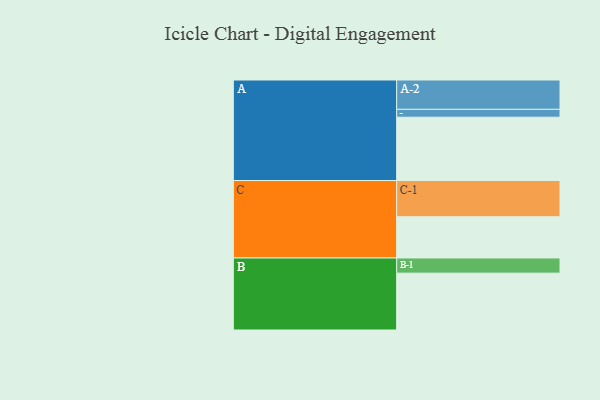
{"axis": {"x": "Segment", "y": "Value"}, "legend": ["", "A", "B", "C"], "data": [{"x": "A", "y": 522, "type": ""}, {"x": "B", "y": 469, "type": ""}, {"x": "C", "y": 340, "type": ""}, {"x": "A-1", "y": 65, "type": "A"}, {"x": "A-2", "y": 242, "type": "A"}, {"x": "B-1", "y": 125, "type": "B"}, {"x": "C-1", "y": 299, "type": "C"}]}